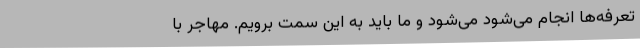
تعرفه‌ها انجام می‌شود می‌شود و ما باید به این سمت برویم. مهاجر با